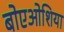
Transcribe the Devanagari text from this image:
बोएओशिया